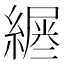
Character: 𦄪